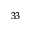
^ { 3 3 }